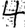
Digit: 4